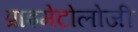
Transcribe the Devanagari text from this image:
प्राइमेटोलोजी